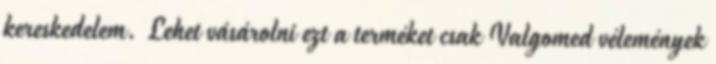
kereskedelem. Lehet vásárolni ezt a terméket csak Valgomed vélemények